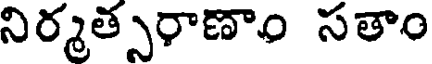
నిర్మత్సరాణాం సతాం